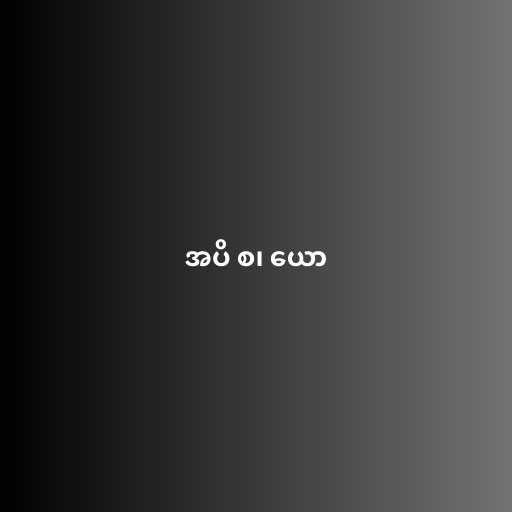
အပိ စ၊ ယော